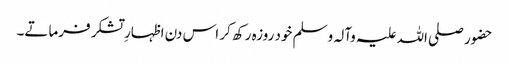
حضور صلی اللہ علیہ وآلہ وسلم خود روزہ رکھ کر اس دن اظہارِ تشکر فرماتے۔